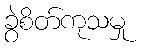
ခွဲစိတ်ကုသမှု